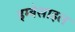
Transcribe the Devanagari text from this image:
इम्बेसाइल